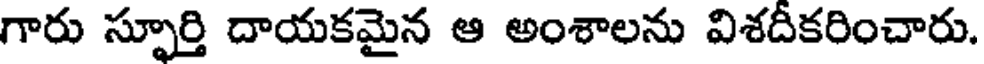
గారు స్ఫూర్తి దాయకమైన ఆ అంశాలను విశదీకరించారు.